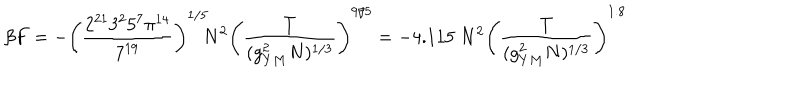
LaTeX: \beta F = - \left( { \frac { 2 ^ { 2 1 } 3 ^ { 2 } 5 ^ { 7 } \pi ^ { 1 4 } } { 7 ^ { 1 9 } } } \right) ^ { 1 / 5 } \! \! N ^ { 2 } \left( { \frac { T } { ( g _ { Y M } ^ { 2 } N ) ^ { 1 / 3 } } } \right) ^ { 9 / 5 } = - 4 . 1 1 5 ~ N ^ { 2 } \left( { \frac { T } { ( g _ { Y M } ^ { 2 } N ) ^ { 1 / 3 } } } \right) ^ { 1 . 8 }